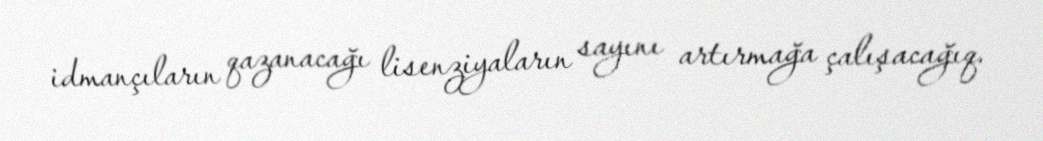
idmançıların qazanacağı lisenziyaların sayını artırmağa çalışacağıq.